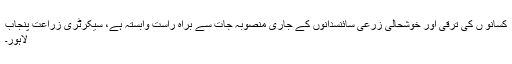
کسانو ں کی ترقی اور خوشحالی زرعی سائنسدانوں کے جاری منصوبہ جات سے براہ راست وابستہ ہے، سیکرٹری زراعت پنجاب
لاہور۔